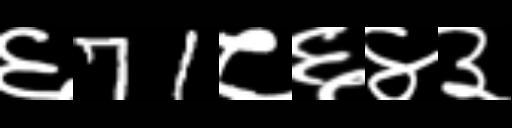
Text: ६71८६४३